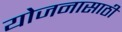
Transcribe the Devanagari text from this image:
योजनासाठी